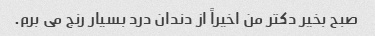
صبح بخیر دکتر من اخیراً از دندان درد بسیار رنج می برم.